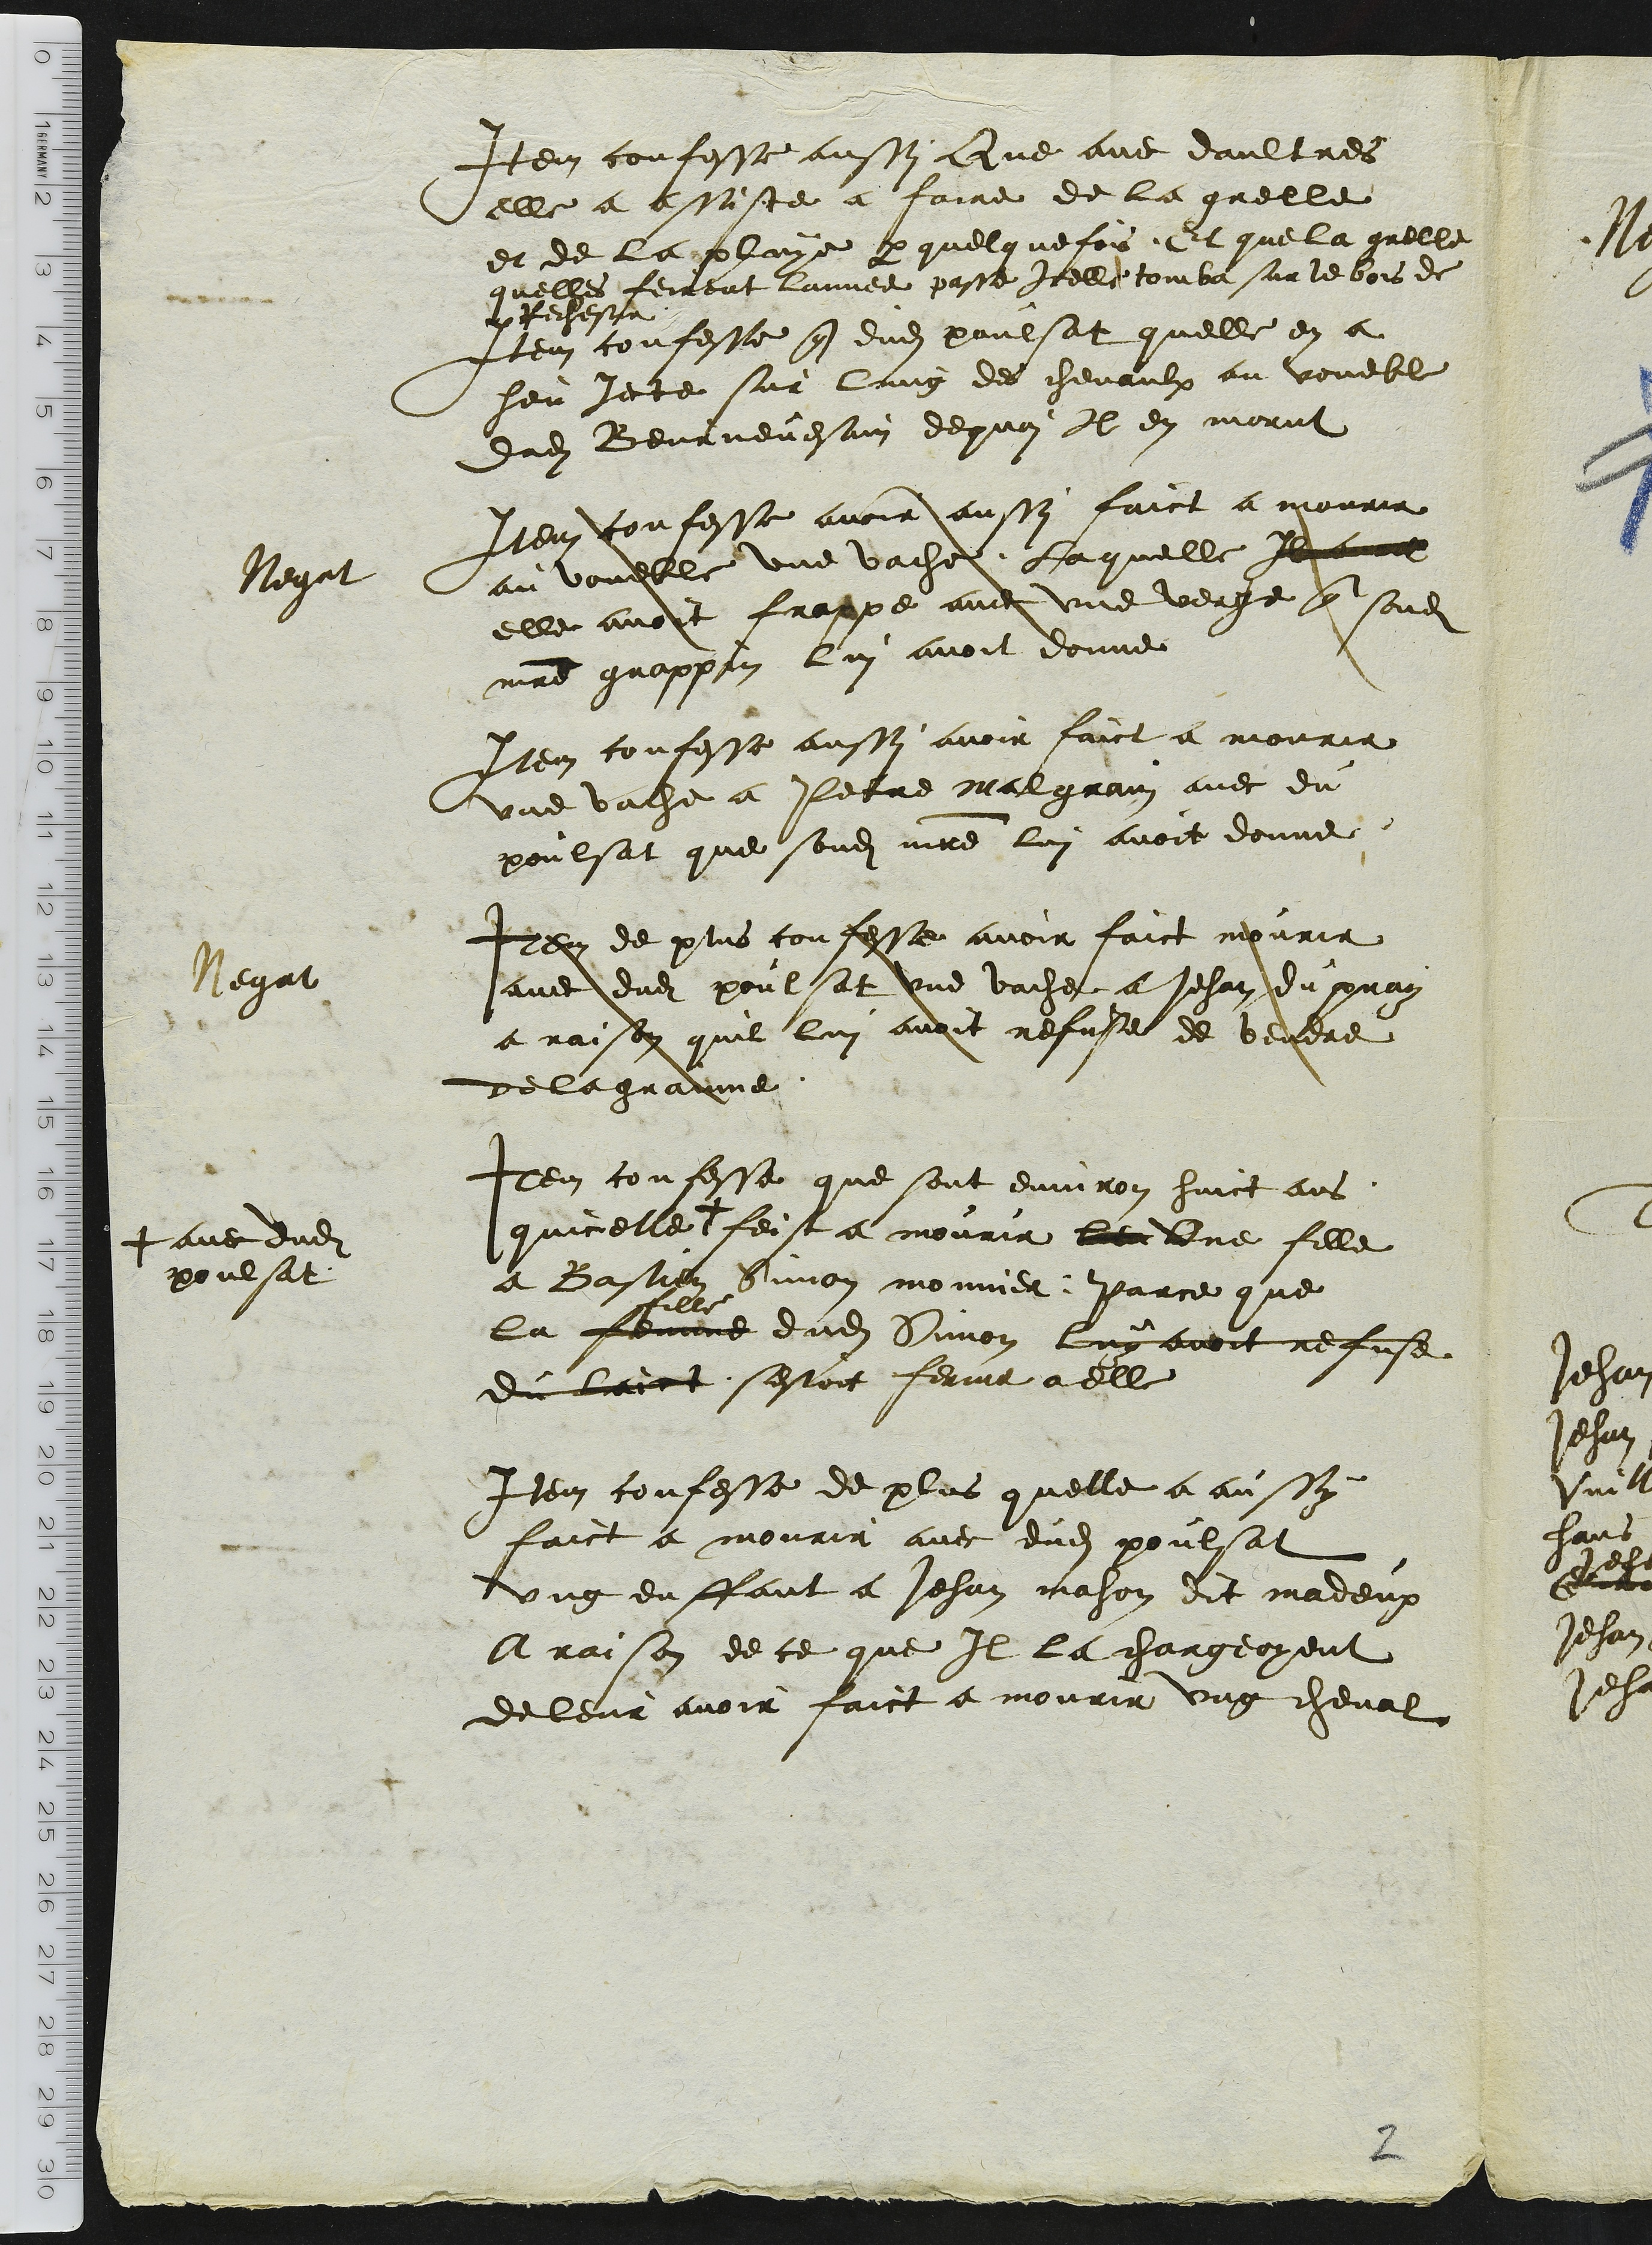
Negat
Negat
+ avec dudit
poulsat

Item confesse aussy que avec daultres
elle a assiste a faire de la grelle
et de la pluye par quelquefois. Et que la grelle
quelles feirent lannee passe icelle tomba sur le bois de
Rechesie
Item confesse que dudit poulsat quelle en a
heu Jete sur lund des chevaulx au voueble
dudit Beurnevesain dequoi il en morut
Item confesse avoir aussy faict a mourir
au voueble une vache. Laquelle [doublement biffé :Il avoit]
elle avoit frappe avec une verge q sond(it)
m(ait)re grappin lui avoit donne
Item confesse aussy avoir faict a mourir
une vache a Petre Malgrain avec du
poulsat que sondit maître lui avoit donne
Item de plus confesse avoir faict mourir
avec dud(it) poulsat une vache a Jehan du pray
a raison quil lui avoit refuse de vendre
de la grainne.
Item confesse que sont environ huict ans
quicelle + feist a mourir leur Une fille
a Bastien Simon monnier : Parce que
fille
la femme dudit Simon luy avoit refuse
du laict sestoit ferme a elle
Item confesse de plus quelle a aussy
faict a mourir avec dudit poulsat
ung enffant a Jehan mahon dit madeux
A raison de ce que Il la chargeoyent
de leur avoir faict a mourir ung cheval
2